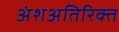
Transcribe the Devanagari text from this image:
अंशअतिरिक्त